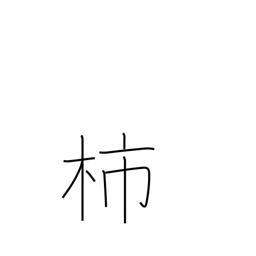
Meaning: persimmon